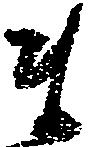
ま